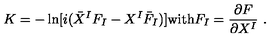
K = - \ln [ i ( \bar { X } ^ { I } F _ { I } - X ^ { I } { \bar { F } } _ { I } ) ] \mathrm { w i t h } F _ { I } = \frac { \partial F } { \partial X ^ { I } } \ .